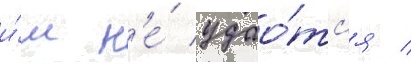
и́м н'е́ удао́тс'я /